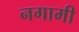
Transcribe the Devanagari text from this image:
नगामी